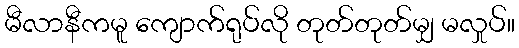
မီလာနီကမူ ကျောက်ရုပ်လို တုတ်တုတ်မျှ မလှုပ်။